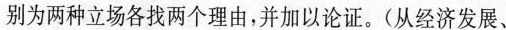
别为两种立场各找两个理由，并加以论证。(从经济发展、